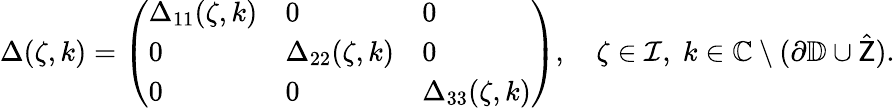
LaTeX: \begin{array}{r}{\Delta(\zeta,k)=\left(\begin{array}{lll}{\Delta_{11}(\zeta,k)}&{0}&{0}\\ {0}&{\Delta_{22}(\zeta,k)}&{0}\\ {0}&{0}&{\Delta_{33}(\zeta,k)}\end{array}\right),\quad\zeta\in\mathcal{I},\; k\in\mathbb{C}\setminus(\partial\mathbb{D}\cup\hat{\mathsf{Z}}).}\end{array}